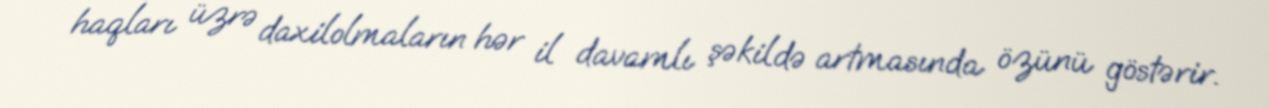
haqları üzrə daxilolmaların hər il davamlı şəkildə artmasında özünü göstərir.